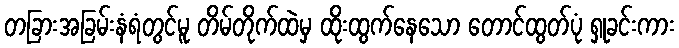
တခြားအခြမ်းနံရံတွင်မူ တိမ်တိုက်ထဲမှ ထိုးထွက်နေသော တောင်ထွတ်ပုံ ရှုခင်းကား